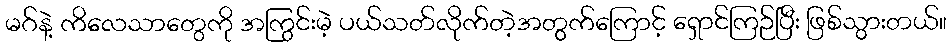
မဂ်နဲ့ ကိလေသာတွေကို အကြွင်းမဲ့ ပယ်သတ်လိုက်တဲ့အတွက်ကြောင့် ရှောင်ကြဉ်ပြီး ဖြစ်သွားတယ်။